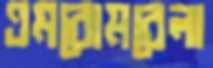
এমবোমবেলা